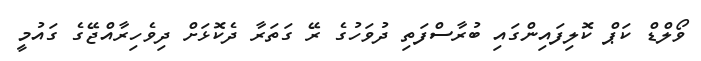
ވޯލްޑް ކަޕް ކޮލިފައިންގައި ބުރާސްފަތި ދުވަހުގެ ރޭ ގަތަރާ ދެކޮޅަށް ދިވެހިރާއްޖޭގެ ގައުމީ